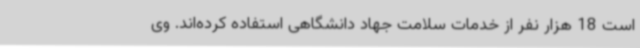
است 18 هزار نفر از خدمات سلامت جهاد دانشگاهی استفاده کرده‌اند. وی